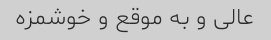
عالی و به موقع و خوشمزه